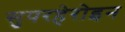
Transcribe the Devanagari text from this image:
सुपरहेरोइन